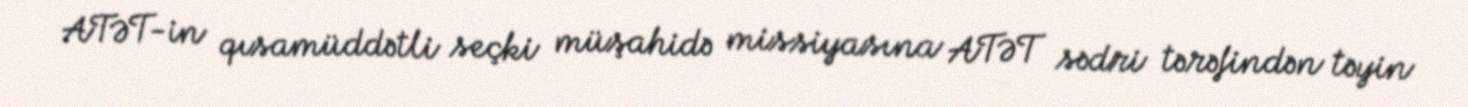
ATƏT-in qısamüddətli seçki müşahidə missiyasına ATƏT sədri tərəfindən təyin